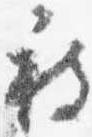
被